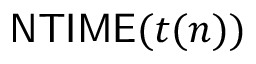
{ \mathsf { N T I M E } } ( t ( n ) )